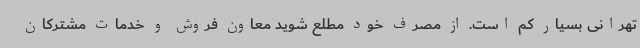
تهرانی بسیار کم است. از مصرف خود مطلع شوید معاون فروش و خدمات مشترکان